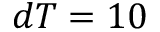
d T = 1 0